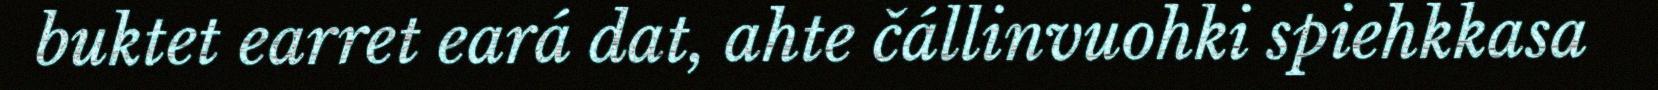
buktet earret eará dat, ahte čállinvuohki spiehkkasa